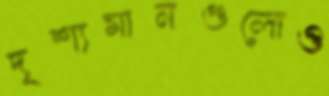
দৃশ্যমানগুলোও